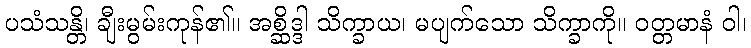
ပသံသန္တိ၊ ချီးမွမ်းကုန်၏။ အစ္ဆိဒ္ဒါ သိက္ခာယ၊ မပျက်သော သိက္ခာကို။ ဝတ္တမာနံ ဝါ၊